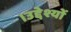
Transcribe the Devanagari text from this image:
।उद्देश्यों